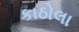
કાઠોલા